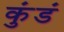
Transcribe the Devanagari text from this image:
कुंडं